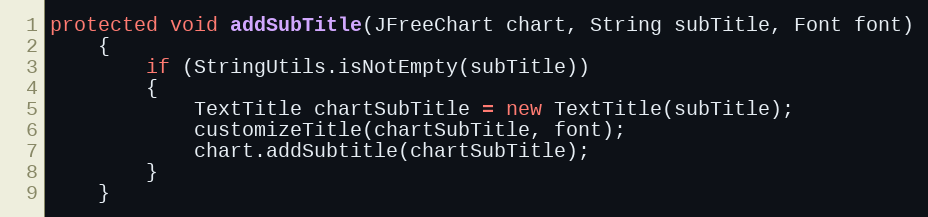
Language: Java
protected void addSubTitle(JFreeChart chart, String subTitle, Font font)
	{
		if (StringUtils.isNotEmpty(subTitle))
		{
			TextTitle chartSubTitle = new TextTitle(subTitle);
			customizeTitle(chartSubTitle, font);
			chart.addSubtitle(chartSubTitle);
		}
	}